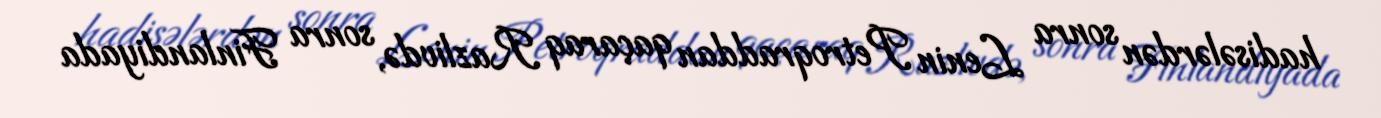
hadisələrdən sonra Lenin Petroqraddan qaçaraq Razlivdə, sonra Finlandiyada